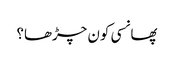
پھانسی کون چڑھا؟